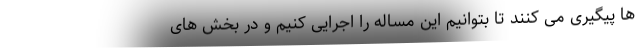
ها پیگیری می کنند تا بتوانیم این مساله را اجرایی کنیم و در بخش های